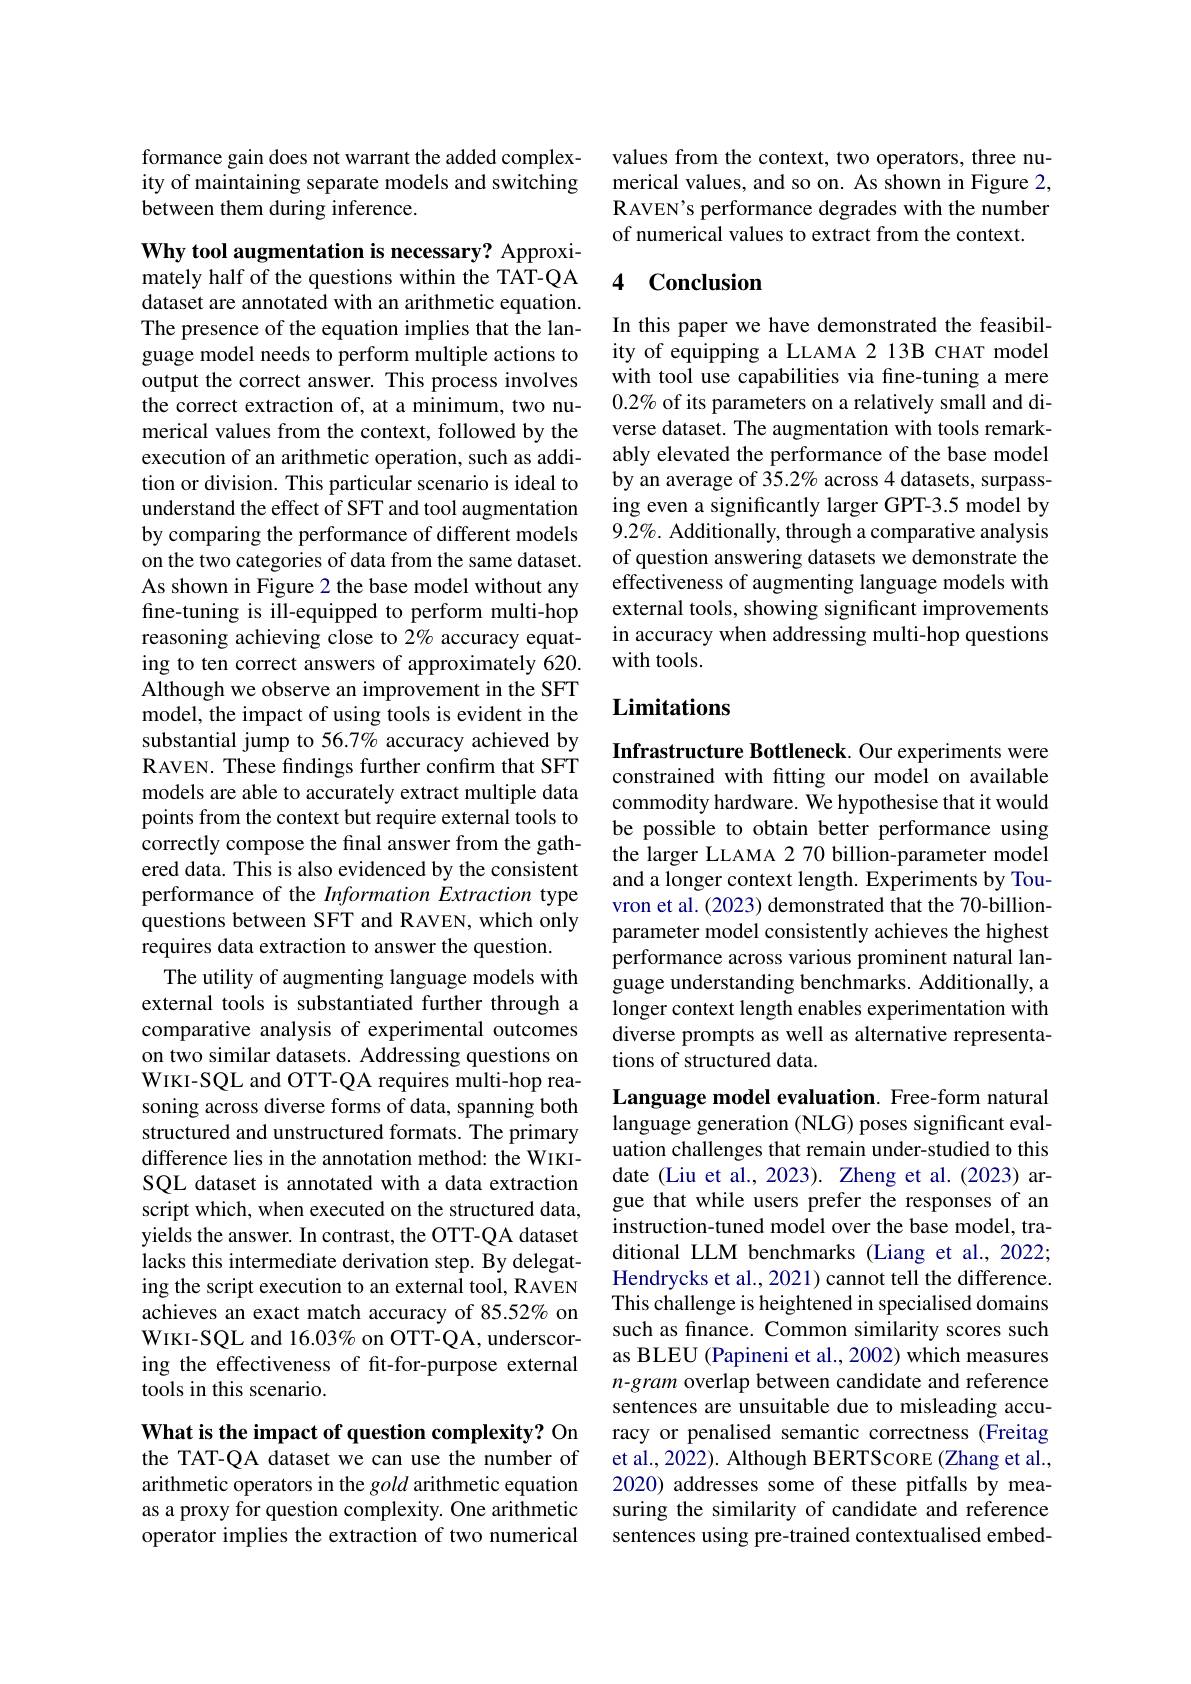
formance gain does not warrant the added complexity of maintaining separate models and switching between them during inference.

Why tool augmentation is necessary? Approximately half of the questions within the TAT-QA dataset are annotated with an arithmetic equation. The presence of the equation implies that the language model needs to perform multiple actions to output the correct answer. This process involves the correct extraction of, at a minimum, two numerical values from the context, followed by the execution of an arithmetic operation, such as addition or division. This particular scenario is ideal to understand the effect of SFT and tool augmentation by comparing the performance of different models on the two categories of data from the same dataset. As shown in Figure 2 the base model without any fine-tuning is ill-equipped to perform multi-hop reasoning achieving close to 2% accuracy equating to ten correct answers of approximately 620. Although we observe an improvement in the SFT model, the impact of using tools is evident in the substantial jump to 56.7% accuracy achieved by R AVEN. These findings further confirm that SFT models are able to accurately extract multiple data points from the context but require external tools to correctly compose the final answer from the gathered data. This is also evidenced by the consistent performance of the Information Extraction type questions between SFT and RAVEN, which only requires data extraction to answer the question.
The utility of augmenting language models with external tools is substantiated further through a comparative analysis of experimental outcomes on two similar datasets. Addressing questions on WIKI-SQL and OTT-QA requires multi-hop reasoning across diverse forms of data, spanning both structured and unstructured formats. The primary difference lies in the annotation method: the WIKISQL dataset is annotated with a data extraction script which, when executed on the structured data, yields the answer. In contrast, the OTT-QA dataset lacks this intermediate derivation step. By delegating the script execution to an external tool, RAVEN achieves an exact match accuracy of 85.52% on WIKI-SQL and 16.03% on OTT-QA, underscoring the effectiveness of fit-for-purpose external tools in this scenario.

What is the impact of question complexity? On

the TAT-QA dataset we can use the number of arithmetic operators in the gold arithmetic equation as a proxy for question complexity. One arithmetic operator implies the extraction of two numerical

values from the context, two operators, three numerical values, and so on. As shown in Figure 2, RAVEN's performance degrades with the number of numerical values to extract from the context.

## 4 Conclusion

In this paper we have demonstrated the feasibility of equipping a LLAMA 2 13B CHAT model with tool use capabilities via fine-tuning a mere $0.2\%$ of its parameters on a relatively small and diverse dataset. The augmentation with tools remarkably elevated the performance of the base model by an average of 35.2% across 4 datasets, surpassing even a significantly larger GPT-3.5 model by 9.2%. Additionally, through a comparative analysis of question answering datasets we demonstrate the effectiveness of augmenting language models with external tools, showing significant improvements in accuracy when addressing multi-hop questions with tools.

# Limitations

Infrastructure Bottleneck. Our experiments were constrained with fitting our model on available commodity hardware. We hypothesise that it would be possible to obtain better performance using the larger LLAMA 2 70 billion-parameter model and a longer context length. Experiments by Touvron et al. (2023) demonstrated that the 70-billionparameter model consistently achieves the highest performance across various prominent natural language understanding benchmarks. Additionally, a longer context length enables experimentation with diverse prompts as well as alternative representations of structured data.

Language model evaluation. Free-form natural language generation (NLG) poses significant evaluation challenges that remain under-studied to this date (Liu et al., 2023). Zheng et al.(2023) argue that while users prefer the responses of an instruction-tuned model over the base model, traditional LLM benchmarks (Liang et al.,2022; Hendrycks et al., 2021) cannot tell the difference. This challenge is heightened in specialised domains such as finance. Common similarity scores such as BLEU (Papineni et al., 2002) which measures n-gram overlap between candidate and reference sentences are unsuitable due to misleading accuracy or penalised semantic correctness (Freitag et al., 2022). Although BERTScoRE (Zhang et al., 2020) addresses some of these pitfalls by measuring the similarity of candidate and reference sentences using pre-trained contextualised embed-